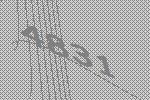
4831